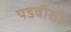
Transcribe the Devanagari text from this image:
पडवीशी